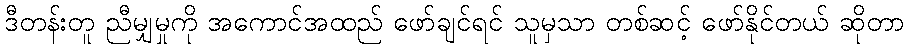
ဒီတန်းတူ ညီမျှမှုကို အကောင်အထည် ဖော်ချင်ရင် သူမှသာ တစ်ဆင့် ဖော်နိုင်တယ် ဆိုတာ